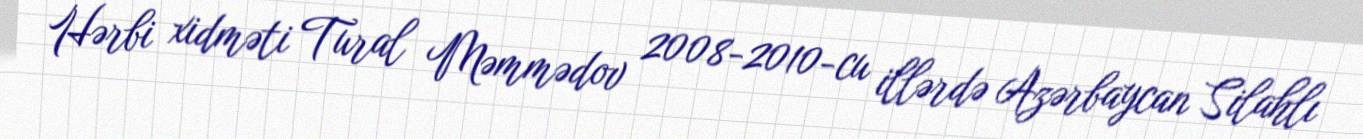
Hərbi xidməti Tural Məmmədov 2008-2010-cu illərdə Azərbaycan Silahlı